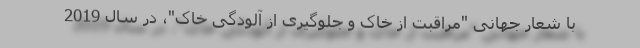
با شعار جهانی "مراقبت از خاک و جلوگیری از آلودگی خاک"، در سال 2019